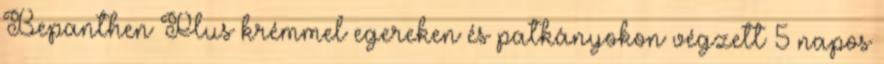
Bepanthen Plus krémmel egereken és patkányokon végzett 5 napos